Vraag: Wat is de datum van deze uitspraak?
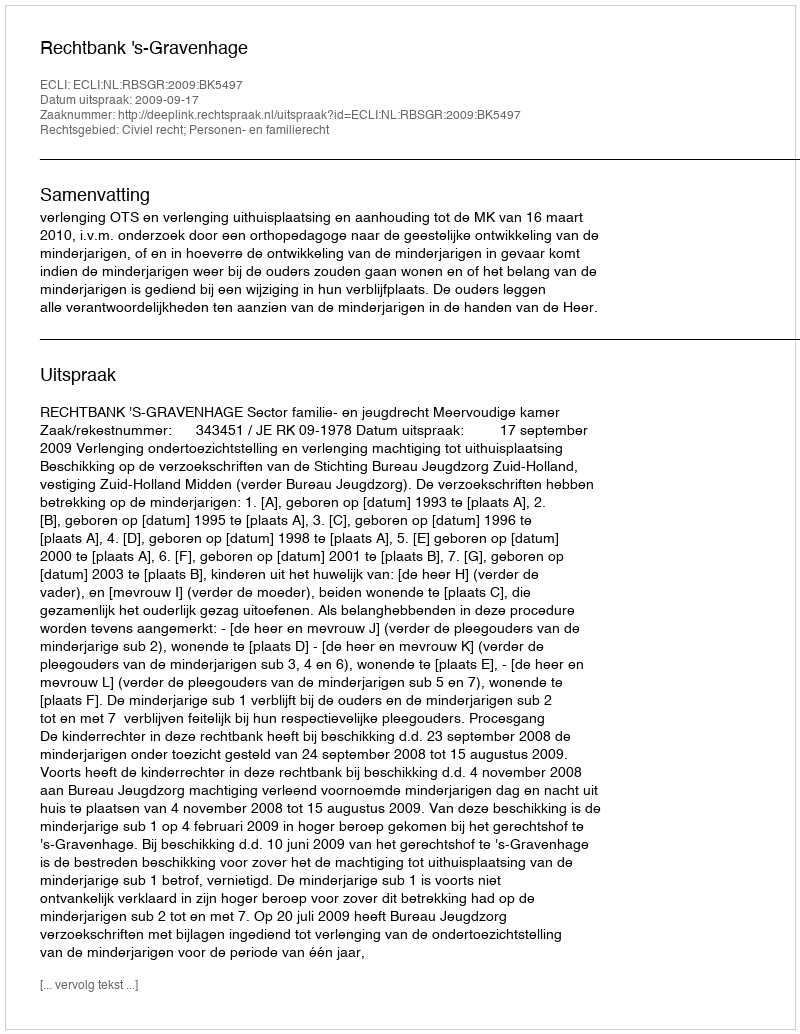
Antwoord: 2009-09-17